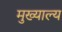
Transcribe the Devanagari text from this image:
मुख्याल्य